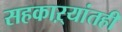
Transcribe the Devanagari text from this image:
सहकाऱ्यांतही